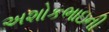
અશોકભાઇની